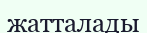
жатталады